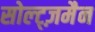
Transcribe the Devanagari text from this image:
सोल्ट्ज़मैन